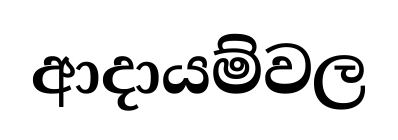
ආදායම්වල